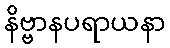
နိဗ္ဗာနပရာယနာ